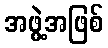
အဖွဲ့အဖြစ်